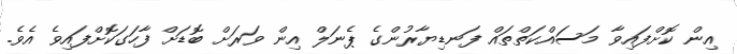
އިން ކޮށްފައިވާ މަސައްކަތްތައް ފަނޑިޔާރުންގެ ޕެނަލް އިން ވަރަށް ބޮޑަށް ފާހަގަކޮށްފައިވެ އެވެ.